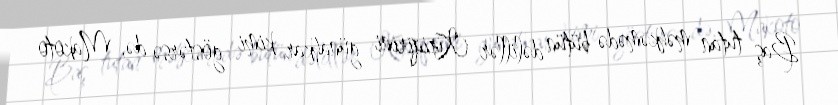
Baş tutan məhkəmədə bütün dəlillər Kiriqirini günahkar kimi göstərsə də, Makoto